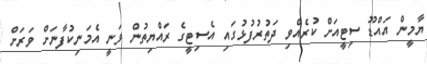
ޔާމީން އައްޑޫ ސިޓީއަށް ކުރެއްވި ދަތުރުފުޅުގައި އެސިޓީގެ ރައްޔިތުން ވަނީ އެމަނިކުފާނަށް ވަރަށް